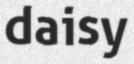
daisy